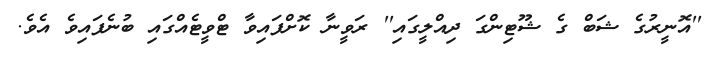
''އޮނީރުގެ ޝަބް ގެ ޝޫޓިންގަ ދިއްލީގައި'' ރަވީނާ ކޮށްފައިވާ ޓްވީޓެއްގައި ބުނެފައިވެ އެވެ.